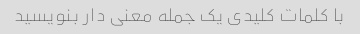
با کلمات کلیدی یک جمله معنی دار بنویسید